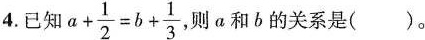
4.已知 $$a + \frac{1}{2} = b + \frac{1}{3}$$ ， 则a和b的关系是()。